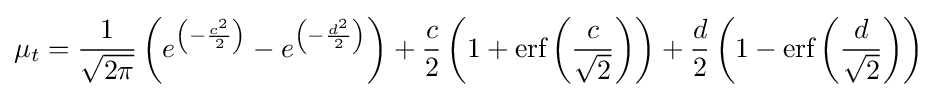
\mu _{t}={\frac {1}{\sqrt {2\pi }}}\left(e^{\left(-{\frac {c^{2}}{2}}\right)}-e^{\left(-{\frac {d^{2}}{2}}\right)}\right)+{\frac {c}{2}}\left(1+{\textrm {erf}}\left({\frac {c}{\sqrt {2}}}\right)\right)+{\frac {d}{2}}\left(1-{\textrm {erf}}\left({\frac {d}{\sqrt {2}}}\right)\right)